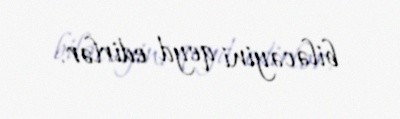
biləcəyini qeyd edirlər.